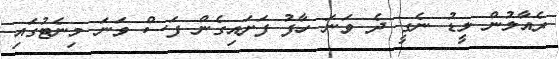
ރެއާލުން ލީޑު ނެގީ ދެ ވަނަ ހާފު ފަށައިގެން ފަސް ވަނަ މިނެޓުގައި